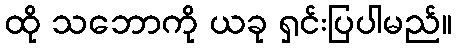
ထို သဘောကို ယခု ရှင်းပြပါမည်။